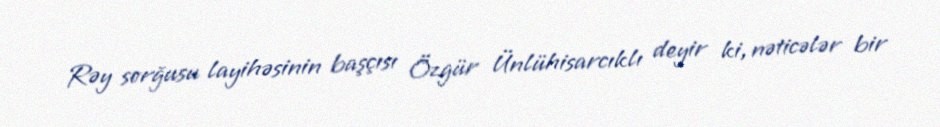
Rəy sorğusu layihəsinin başçısı Özgür Ünlühisarcıklı deyir ki, nəticələr bir